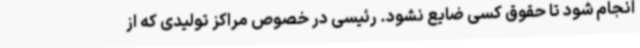
انجام شود تا حقوق کسی ضایع نشود. رئیسی در خصوص مراکز تولیدی که از